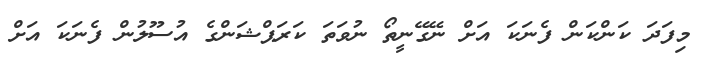
މިފަދަ ކަންކަން ފެނަކަ އަށް ނޭގޭނީތޯ ނުވަތަ ކަރަޕްޝަންގެ އުސޫލުން ފެނަކަ އަށް